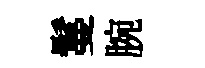
鬘腕